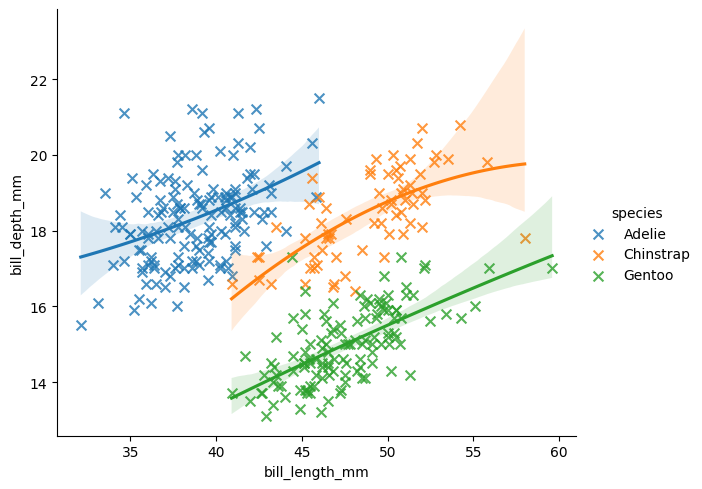
python, seaborn, lmplot, aspect=1.2, order=2, markers='x'